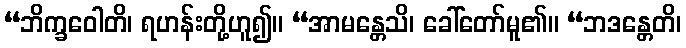
“ဘိက္ခဝေါတိ၊ ရဟန်းတို့ဟူ၍။ “အာမန္တေသိ၊ ခေါ်တော်မူ၏။ “ဘဒန္တေတိ၊